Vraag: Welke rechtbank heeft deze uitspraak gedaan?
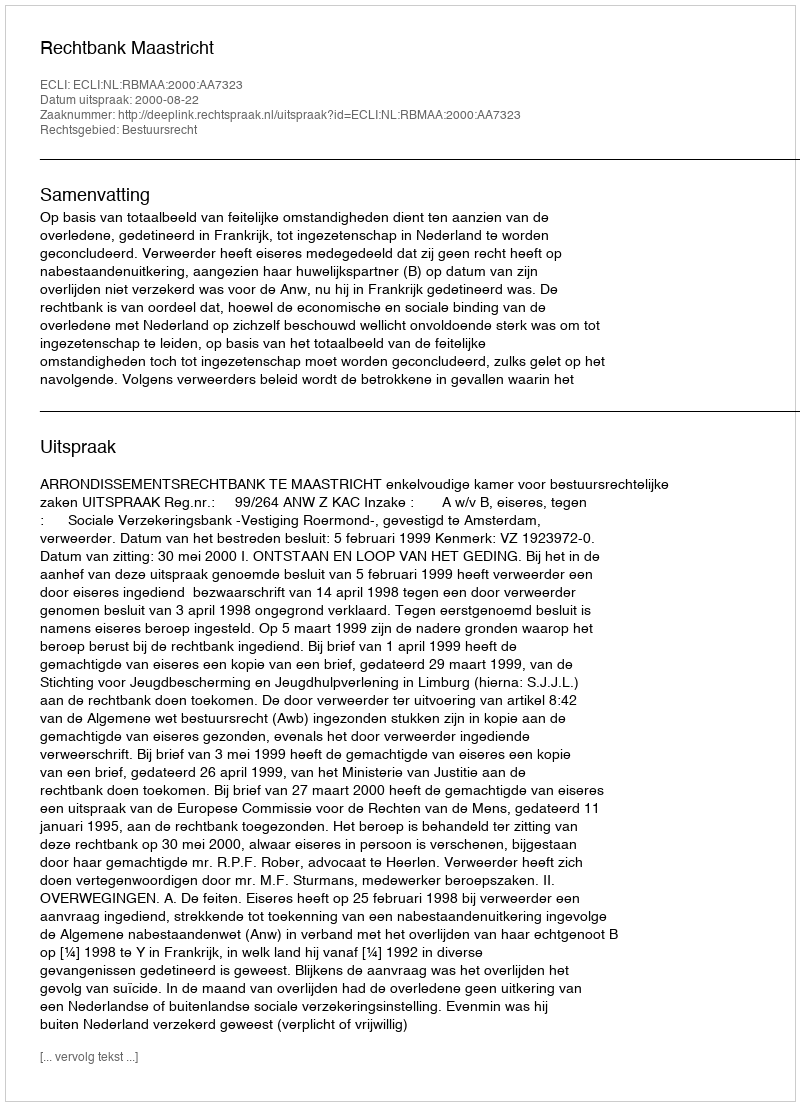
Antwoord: Rechtbank Maastricht